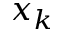
x _ { k }